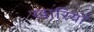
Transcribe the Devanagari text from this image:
खारियाँ